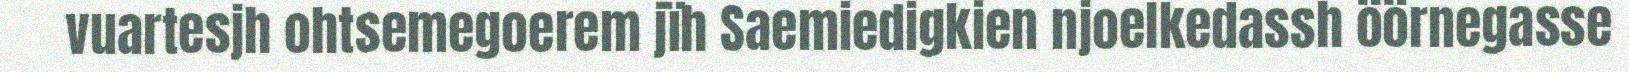
vuartesjh ohtsemegoerem jïh Saemiedigkien njoelkedassh öörnegasse